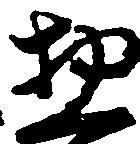
惣